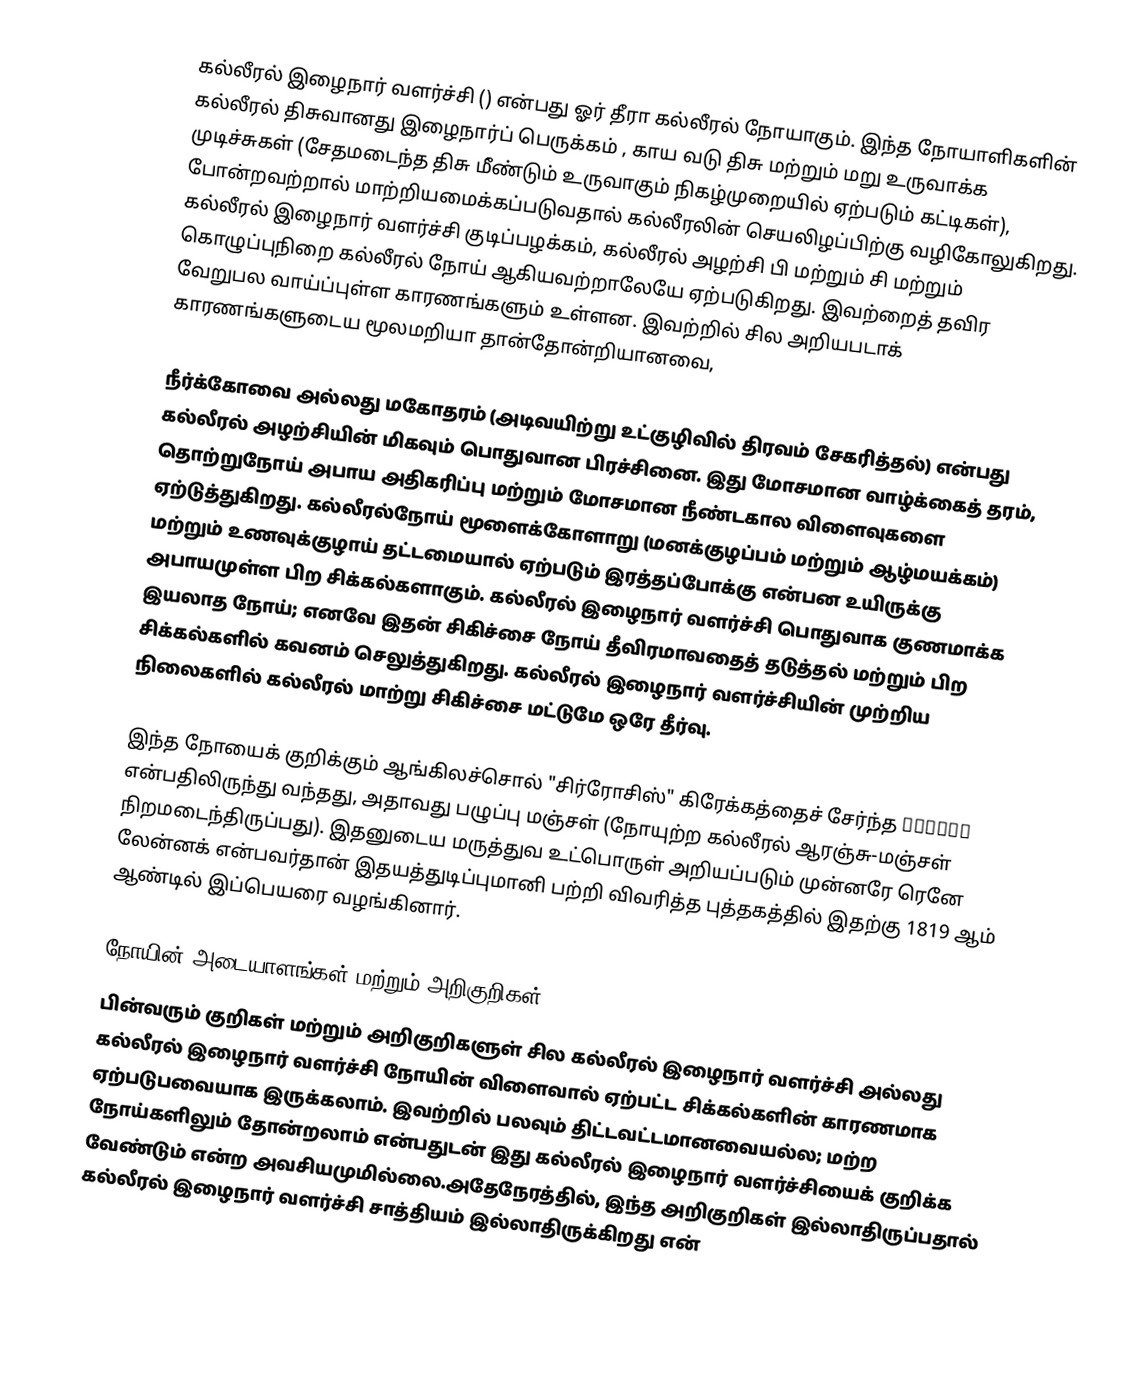
கல்லீரல் இழைநார் வளர்ச்சி () என்பது ஓர் தீரா கல்லீரல் நோயாகும். இந்த நோயாளிகளின் கல்லீரல் திசுவானது இழைநார்ப் பெருக்கம்  , காய வடு திசு மற்றும் மறு உருவாக்க முடிச்சுகள் (சேதமடைந்த திசு மீ்ண்டும் உருவாகும் நிகழ்முறையில் ஏற்படும் கட்டிகள்), போன்றவற்றால் மாற்றியமைக்கப்படுவதால்  கல்லீரலின் செயலிழப்பிற்கு வழிகோலுகிறது. கல்லீரல் இழைநார் வளர்ச்சி குடிப்பழக்கம், கல்லீரல் அழற்சி பி மற்றும் சி மற்றும் கொழுப்புநிறை கல்லீரல் நோய் ஆகியவற்றாலேயே ஏற்படுகிறது. இவற்றைத் தவிர வேறுபல வாய்ப்புள்ள  காரணங்களும் உள்ளன. இவற்றில் சில அறியபடாக் காரணங்களுடைய  மூலமறியா தான்தோன்றியானவை,

நீர்க்கோவை அல்லது மகோதரம் (அடிவயிற்று உட்குழிவில் திரவம் சேகரித்தல்) என்பது கல்லீரல் அழற்சியின் மிகவும் பொதுவான பிரச்சினை. இது மோசமான வாழ்க்கைத் தரம், தொற்றுநோய் அபாய அதிகரிப்பு மற்றும் மோசமான நீண்டகால விளைவுகளை ஏற்டுத்துகிறது. கல்லீரல்நோய் மூளைக்கோளாறு   (மனக்குழப்பம் மற்றும் ஆழ்மயக்கம்) மற்றும் உணவுக்குழாய் தட்டமையால் ஏற்படும் இரத்தப்போக்கு என்பன  உயிருக்கு அபாயமுள்ள பிற சிக்கல்களாகும். கல்லீரல் இழைநார் வளர்ச்சி பொதுவாக குணமாக்க இயலாத நோய்; எனவே  இதன் சிகிச்சை நோய் தீவிரமாவதைத் தடுத்தல் மற்றும் பிற சிக்கல்களில்  கவனம் செலுத்துகிறது. கல்லீரல் இழைநார் வளர்ச்சியின் முற்றிய நிலைகளில் கல்லீரல் மாற்று சிகிச்சை மட்டுமே ஒரே தீர்வு.

இந்த நோயைக் குறிக்கும் ஆங்கிலச்சொல்   "சிர்ரோசிஸ்"  கிரேக்கத்தைச் சேர்ந்த κίρῥος என்பதிலிருந்து வந்தது, அதாவது பழுப்பு மஞ்சள் (நோயுற்ற கல்லீரல் ஆரஞ்சு-மஞ்சள் நிறமடைந்திருப்பது). இதனுடைய மருத்துவ உட்பொருள் அறியப்படும் முன்னரே ரெனே லேன்னக் என்பவர்தான் இதயத்துடிப்புமானி பற்றி விவரித்த புத்தகத்தில் இதற்கு 1819 ஆம் ஆண்டில் இப்பெயரை வழங்கினார்.

நோயின் அடையாளங்கள் மற்றும் அறிகுறிகள்
பின்வரும் குறிகள் மற்றும் அறிகுறிகளுள் சில கல்லீரல் இழைநார் வளர்ச்சி அல்லது கல்லீரல் இழைநார் வளர்ச்சி நோயின் விளைவால் ஏற்பட்ட சிக்கல்களின் காரணமாக ஏற்படுபவையாக இருக்கலாம். இவற்றில் பலவும் திட்டவட்டமானவையல்ல; மற்ற நோய்களிலும் தோன்றலாம் என்பதுடன் இது கல்லீரல் இழைநார் வளர்ச்சியைக் குறிக்க வேண்டும் என்ற அவசியமுமில்லை.அதேநேரத்தில், இந்த அறிகுறிகள் இல்லாதிருப்பதால் கல்லீரல் இழைநார் வளர்ச்சி சாத்தியம் இல்லாதிருக்கிறது என்